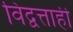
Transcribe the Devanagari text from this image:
विद्वत्ताही